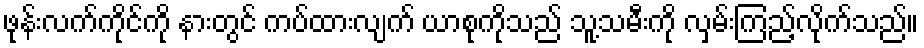
ဖုန်းလက်ကိုင်ကို နားတွင် ကပ်ထားလျက် ယာစုကိုသည် သူ့သမီးကို လှမ်းကြည့်လိုက်သည်။